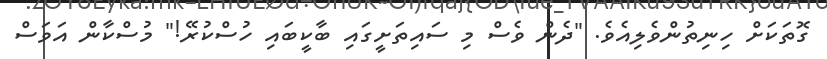
ގޮތަކަށް ހިނިތުންވެލިއެވެ. "ދެން ވެސް މި ސައިތަށީގައި ބާކީބައި ހުސްކުރޭ!" މުސްކާން އަވަސް